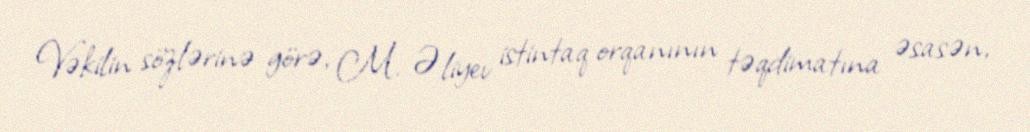
Vəkilin sözlərinə görə, M. Əliyev istintaq orqanının təqdimatına əsasən,